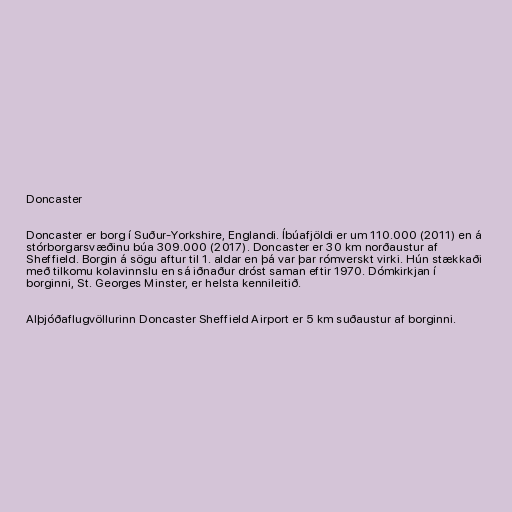
Doncaster

Doncaster er borg í Suður-Yorkshire, Englandi. Íbúafjöldi er um 110.000 (2011) en á
stórborgarsvæðinu búa 309.000 (2017). Doncaster er 30 km norðaustur af
Sheffield. Borgin á sögu aftur til 1. aldar en þá var þar rómverskt virki. Hún stækkaði
með tilkomu kolavinnslu en sá iðnaður dróst saman eftir 1970. Dómkirkjan í
borginni, St. Georges Minster, er helsta kennileitið.

Alþjóðaflugvöllurinn Doncaster Sheffield Airport er 5 km suðaustur af borginni.